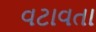
વટાવતા